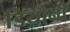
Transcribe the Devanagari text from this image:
डियोनी